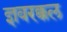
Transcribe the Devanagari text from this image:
ज्ञवरक्कल